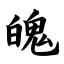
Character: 魄